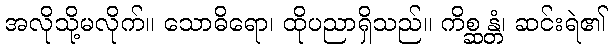
အလိုသို့မလိုက်။ သောဓိရော၊ ထိုပညာရှိသည်။ ကိစ္ဆန္တံ၊ ဆင်းရဲ၏